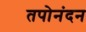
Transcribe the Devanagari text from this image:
तपोनंदन